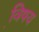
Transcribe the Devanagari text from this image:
वि़षय